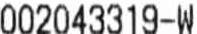
002043319-W